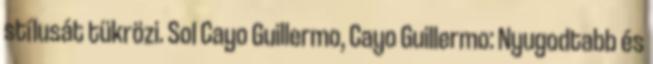
stílusát tükrözi. Sol Cayo Guillermo, Cayo Guillermo: Nyugodtabb és